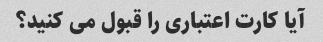
آیا کارت اعتباری را قبول می کنید؟